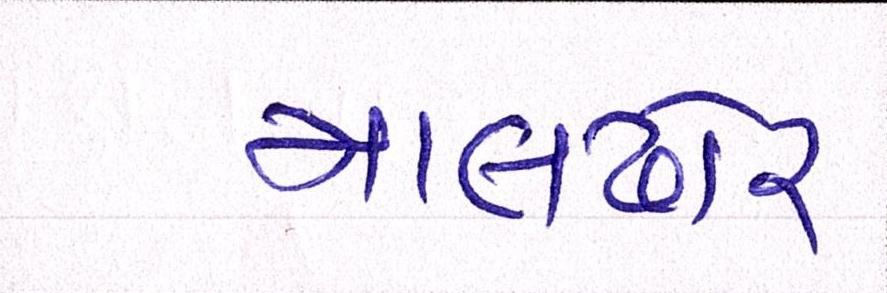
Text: માલઢોર